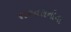
શરનરાનીના